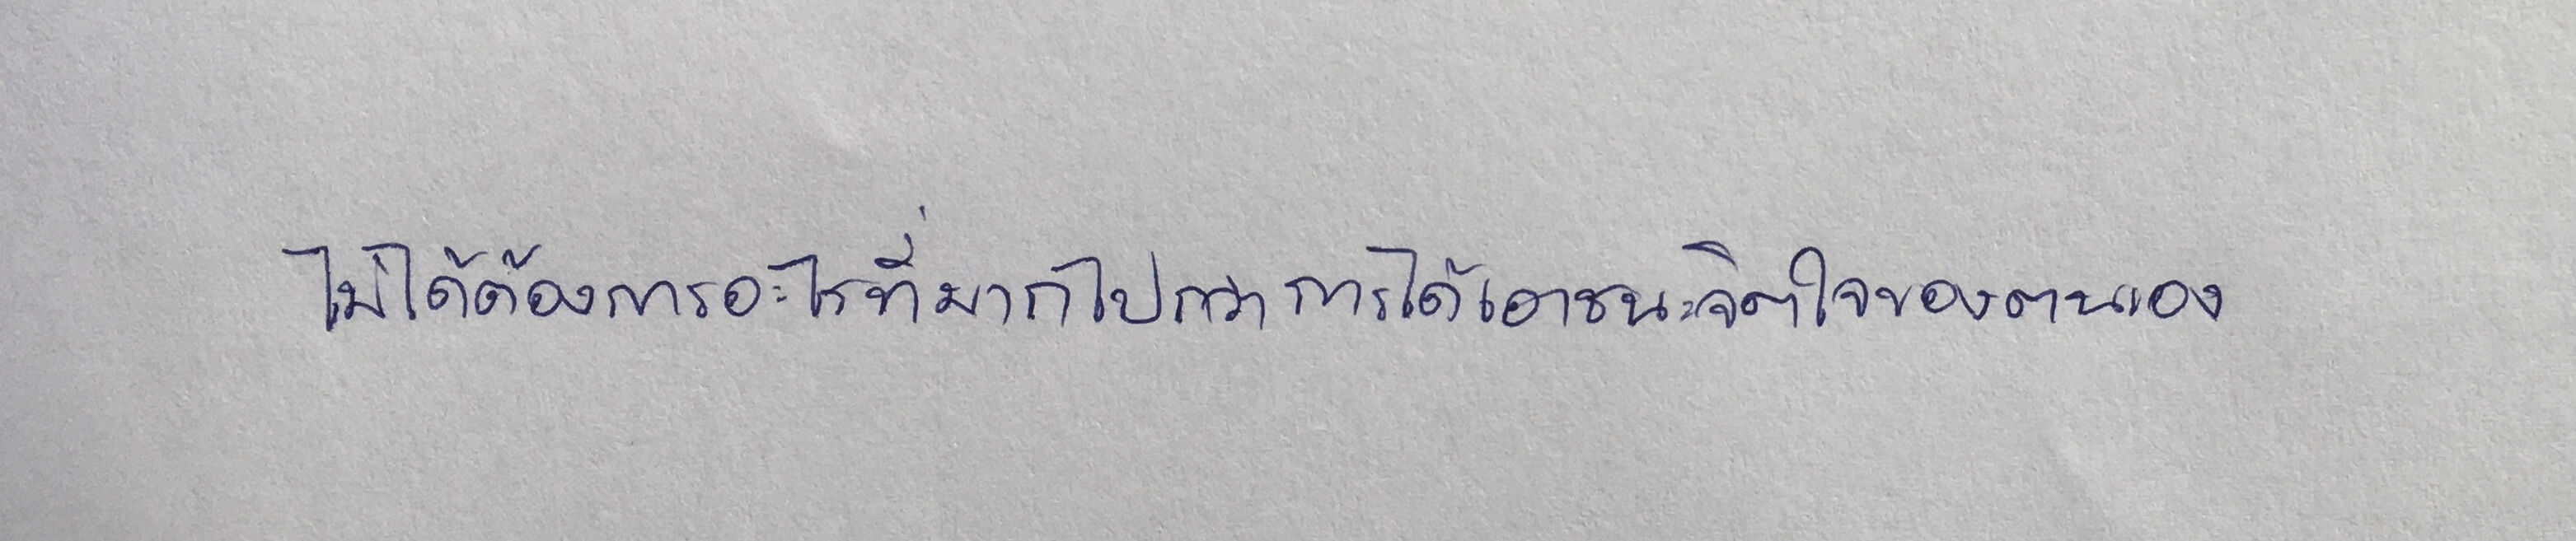
ไม่ได้ต้องการอะไรที่มากไปกว่าการได้เอาชนะจิตใจของตนเอง